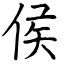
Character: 侯